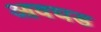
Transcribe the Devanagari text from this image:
आवघड